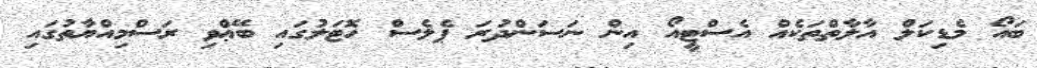
ބައޯ މެޑިކަލް އާލާތްތަކެއް އެސްޓީއޯ އިން ނަސަންދުރަ ޕެލެސް ހޮޓަލުގައި ބޭޢްވި ރަސްމިއްޔާތުގައި